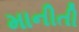
માનીતી